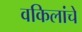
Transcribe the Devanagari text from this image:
वकिलांचे